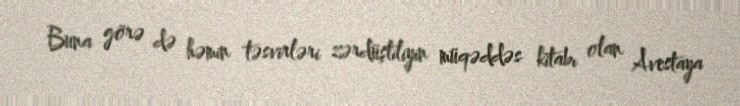
Buna görə də həmin təsvirləri zərdüştiliyin müqəddəs kitabı olan Avestaya